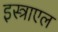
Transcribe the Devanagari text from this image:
इस्त्राएल